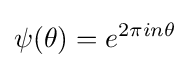
\psi (\theta )=e^{2\pi in\theta }